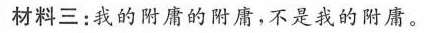
材料三：我的附庸的附庸，不是我的附庸。